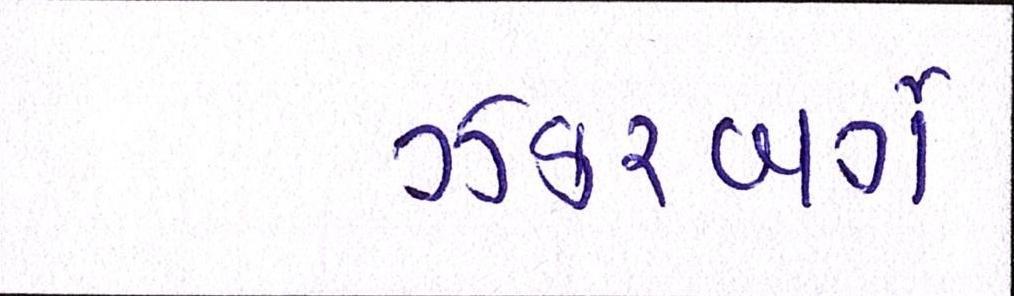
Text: ઝકરબર્ગે